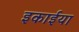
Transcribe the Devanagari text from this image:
इकाईया